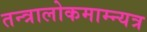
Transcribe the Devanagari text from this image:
तन्त्रालोकमाम्न्यत्र